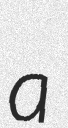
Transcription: a